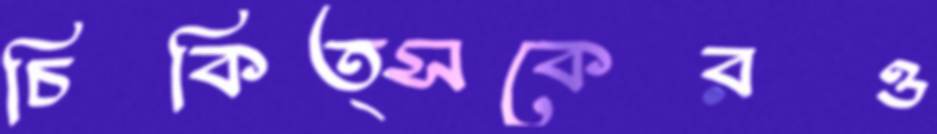
চিকিত্সকেরও